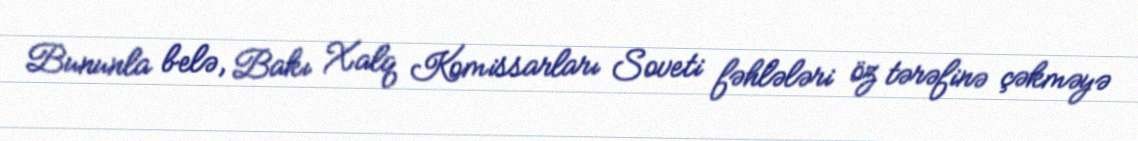
Bununla belə, Bakı Xalq Komissarları Soveti fəhlələri öz tərəfinə çəkməyə